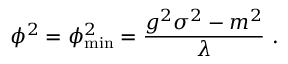
\phi ^ { 2 } = \phi _ { \mathrm { m i n } } ^ { 2 } = { \frac { g ^ { 2 } \sigma ^ { 2 } - m ^ { 2 } } { \lambda } } \ .